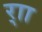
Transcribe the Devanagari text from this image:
र्‍ाा